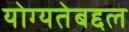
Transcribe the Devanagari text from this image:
योग्यतेबद्दल